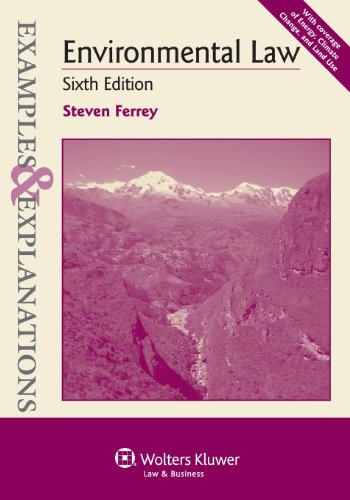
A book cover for Examples & Explanations: Environmental Law, Sixth Edition; Steven Ferry; Law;